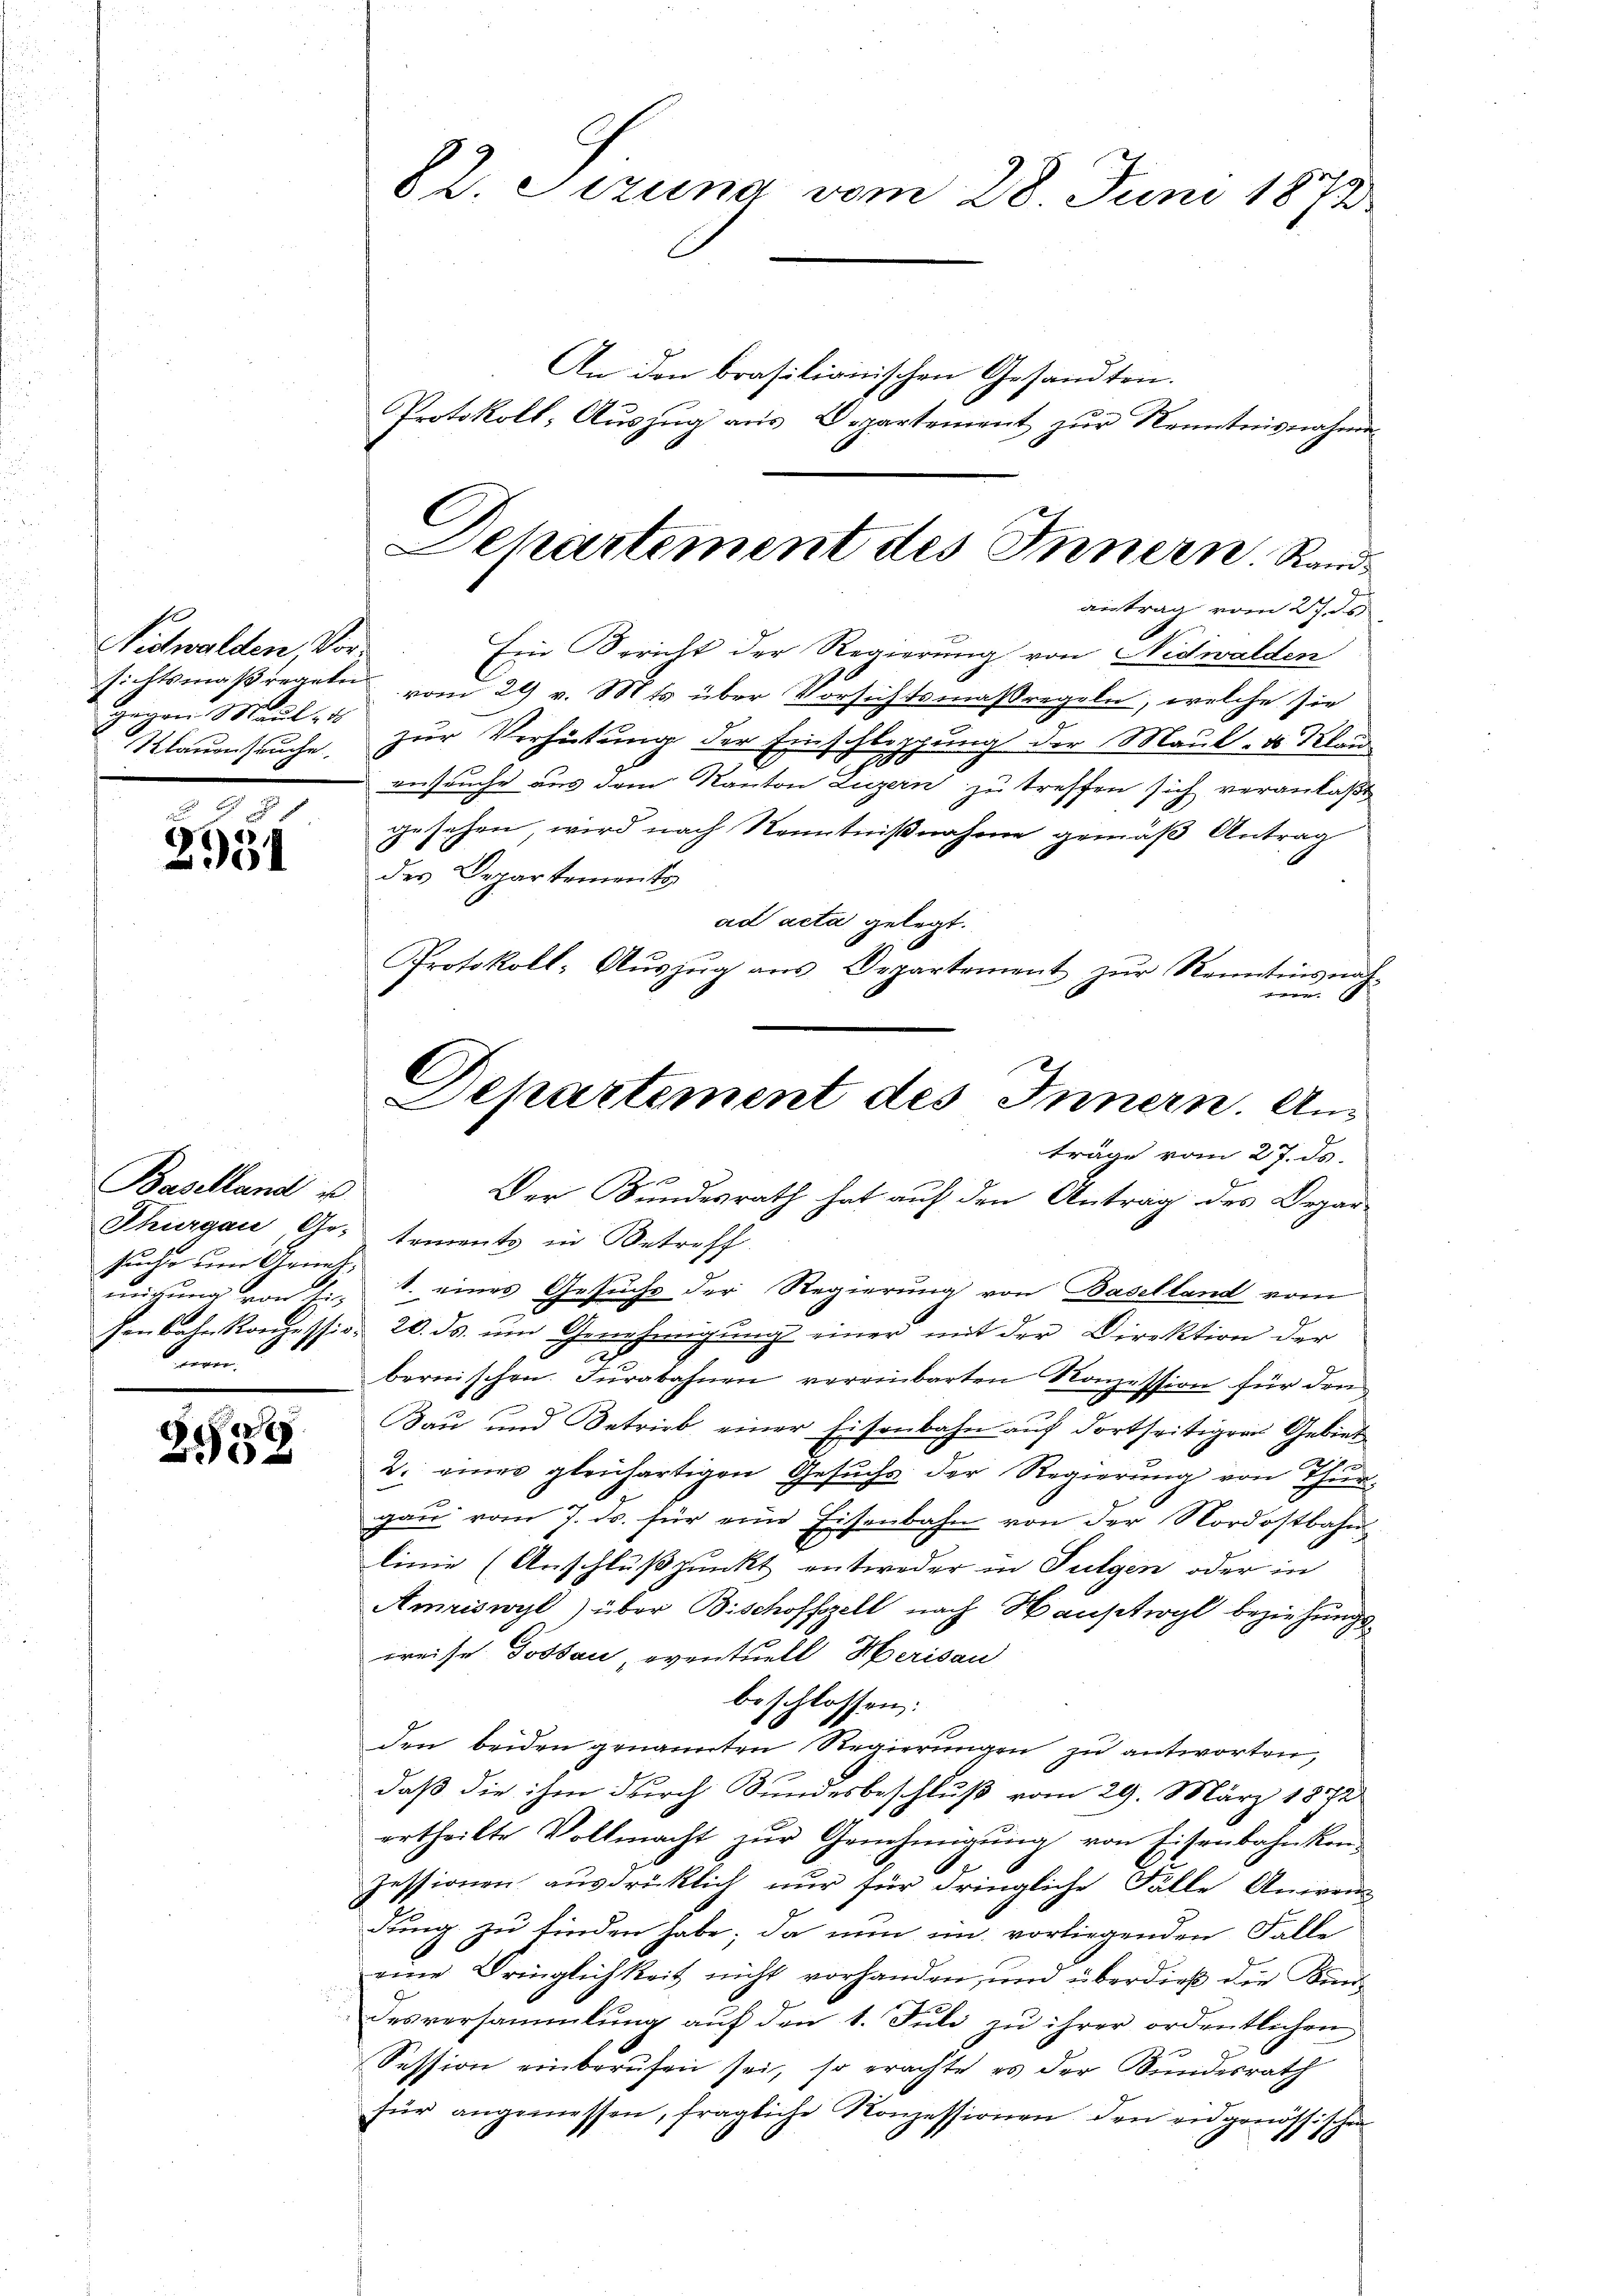
Sichwalden, Vor
gegen Maul, ds
Mlauenseuche.

2331

Baselland es
sucht um Genehmigung von die
on.

E
6

82. Sizung vom 28. Juni 1872

An den brasilianischen Gesandten.
Protokoll- Auszug aus Departement zur Kenntnisnahmen

Ein Spricht der Regierung von Nidwalden
sichtsmaßregeln vom 29 v. Mts. über Vorsichtsmaßregeln, welche sie
zur Verhütung der Einschleppung der Maul, ds Klau
versuche aus dem Kanton Luzern zu treffen sich veranlaßt
gesehen, wird nach Kenntnißnahme gemäß Antrag
des Departements
ad acta gelegt.
Protokoll-Aŭszŭg ans Departement zŭr Kenntnis nach-
.
Der Bundesrath hat auf den Antrag des Depar-
Thurgau, Ge- tements in Betroff
1. eines Gesuche der Regierung von Baselland vom
fenbahnkonzessio, 20. ds. um Genehmigung einer mit der Direktion der
.
bernischen. Fürabahnen vereinbarten Konzession für den
Bau und Betrieb einer Eisenbahn auf dortseitigen Gebiet
2. einer gleichartigen Gesuchs der Regierung von Thur-
gaŭ vom 7. ds. für eine Eisenbahn von der Nordostbahn
linie (Anschlußpunkt entweder in Fulgen oder in
Amriswyl) über Bischoffzell nach Hauptwyl beziehungspreise Possau, eventuell Herisau
beschlossen:
den beiden genannten Regierŭngen zu antworten,
daß die ihm durch Sundesbeschluß vom 29. März 1872
ertheilte Vollmacht zŭr Genehmigŭng von Eisenbahnkon-
Zessionen ausdrücklich nur für dringliche Fälle Anwen
dung zu finden habe; da nun im vorliegenden Falle
eine Bringlichkeit nicht vorhanden, und überdieß die Kinddesversammlung auf den 1. Juli zu ihrer ordentlichen
Session einberufen sei, so erachte es der Bundesrath
für angemessen, fragliche Konzessionen den eidgenössischen

Dehartement des Innern. Randantrag vom 27. ds.

C
Departement des Innern. Aus
träge vom 27. ds.